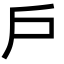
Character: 戶